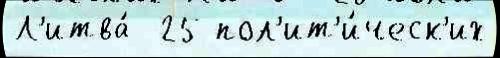
Л'итва́  25 пол'ит'и́ческ'их